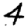
Digit: 4